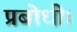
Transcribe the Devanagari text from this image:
प्रबोधी।